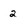
Character: 2